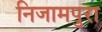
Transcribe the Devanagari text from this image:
निजामपुरा